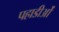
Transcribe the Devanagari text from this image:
पहाडीओं